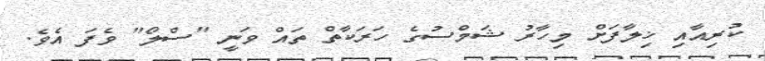
ކުރިއާއި ޚިލާފަށް މިހާރު ޝަމްސުގެ ހަރަކާތް ތައް ވަނީ "ސްލޯ" ވެފަ އެވެ.